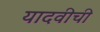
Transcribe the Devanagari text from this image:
यादवीची